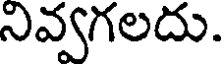
నివ్వగలదు.